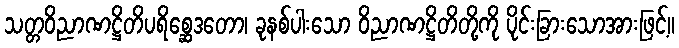
သတ္တဝိညာဏဋ္ဌိတိပရိစ္ဆေဒတော၊ ခုနစ်ပါးသော ဝိညာဏဋ္ဌိတိတို့ကို ပိုင်းခြားသောအားဖြင့်။